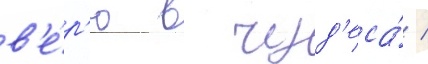
в'е́р'ю в чуд'еса́ /